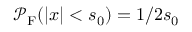
\mathcal { P } _ { \mathrm { F } } ( | x | < s _ { 0 } ) = 1 / 2 s _ { 0 }